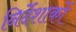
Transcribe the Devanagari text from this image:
निर्देंशाकों